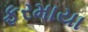
ફરમાયા